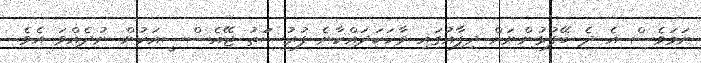
ނަމަވެސް އެ ދެ ބޭފުޅުންނަށް ދިފާއުގައި ވާހަކަދައްކާނެ ފުރުސަަތު ޖޭއެސްސީއަކުން ނުދެއްވަ އެވެ.